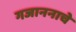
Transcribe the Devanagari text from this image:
गजाननाचे